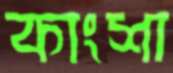
কাংশা